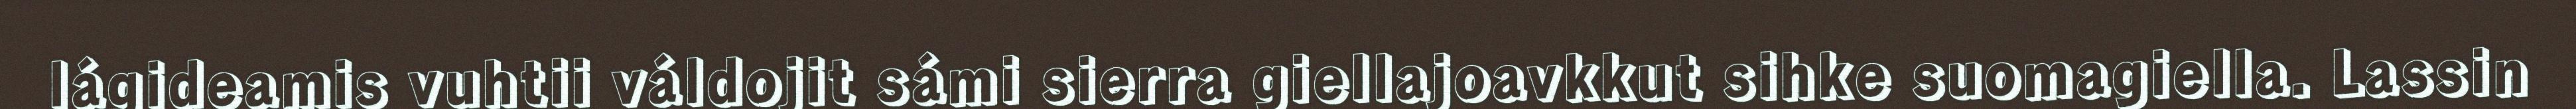
lágideamis vuhtii váldojit sámi sierra giellajoavkkut sihke suomagiella. Lassin